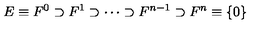
E \equiv F ^ { 0 } \supset F ^ { 1 } \supset \cdots \supset F ^ { n - 1 } \supset F ^ { n } \equiv \{ 0 \}